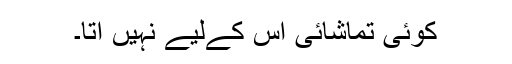
کوئی تماشائی اس کےلیے نہیں آتا۔